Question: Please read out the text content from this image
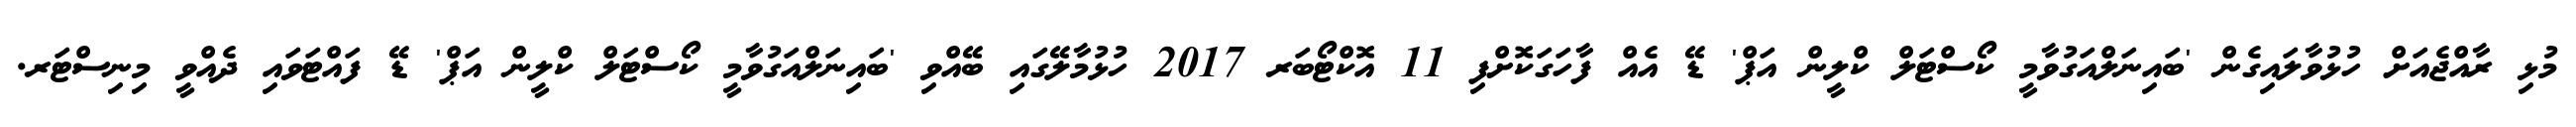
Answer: މުޅި ރާއްޖެއަށް ހުޅުވާލައިގެން 'ބައިނަލްއަގުވާމީ ކޯސްޓަލް ކްލީން އަޕް' ޑޭ އެއް ފާހަގަކޮށްފި 11 އޮކްޓޯބަރ 2017 ހުޅުމާލޭގައި ބޭއްވި 'ބައިނަލްއަގުވާމީ ކޯސްޓަލް ކްލީން އަޕް' ޑޭ ފައްޓަވައި ދެއްވީ މިނިސްޓަރ.